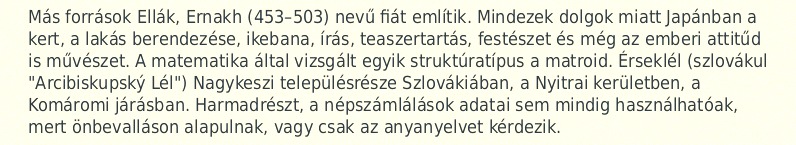
Más források Ellák, Ernakh (453–503) nevű fiát említik. Mindezek dolgok miatt Japánban a kert, a lakás berendezése, ikebana, írás, teaszertartás, festészet és még az emberi attitűd is művészet. A matematika által vizsgált egyik struktúratípus a matroid. Érseklél (szlovákul "Arcibiskupský Lél") Nagykeszi településrésze Szlovákiában, a Nyitrai kerületben, a Komáromi járásban. Harmadrészt, a népszámlálások adatai sem mindig használhatóak, mert önbevalláson alapulnak, vagy csak az anyanyelvet kérdezik.